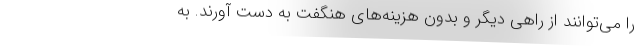
را می‌توانند از راهی دیگر و بدون هزینه‌های هنگفت به دست آورند. به